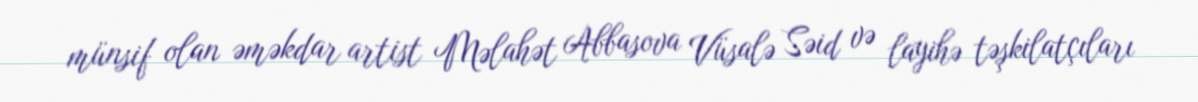
münsif olan əməkdar artist Məlahət Abbasova Vüsalə Səid və layihə təşkilatçıları